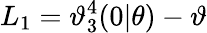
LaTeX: L_{1}=\mathcal{\vartheta}_{3}^{4}(0|\theta)-\mathcal{\vartheta}